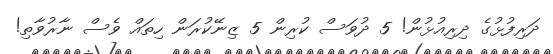
ދަރިފުޅުގެ ދިރިއުޅުން! 5 ދުވަސް ކުރިން 5 ޒިނޭކުރަން ހިތައް ވެސް ނާރުވާތި!